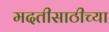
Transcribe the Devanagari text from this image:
मदतीसाठीच्या